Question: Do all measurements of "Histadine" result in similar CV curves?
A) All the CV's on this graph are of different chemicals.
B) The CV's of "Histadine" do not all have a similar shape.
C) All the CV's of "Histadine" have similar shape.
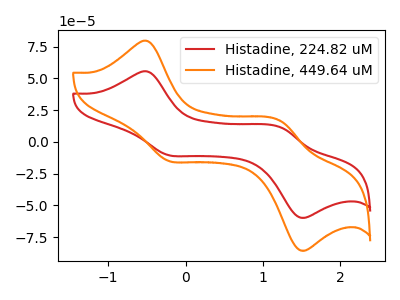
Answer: <think>The red curve "Histadine, 224.82 uM" has anodic peaks at (-0.50V, 55.35uA) (1.25V, 11.25uA) and cathodic peaks at (-0.20V, -10.40uA) (1.45V, -59.35uA). The orange curve "Histadine, 449.64 uM" has anodic peaks at (-0.50V, 79.35uA) (1.25V, 16.10uA) and cathodic peaks at (-0.20V, -14.85uA) (1.45V, -85.00uA).
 All the peaks in "Histadine, 224.82 uM" have a peak in "Histadine, 449.64 uM" at the same potential. Every peak in "Histadine, 224.82 uM" is lower than every peak in "Histadine, 449.64 uM".</think>
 <answer>C) All the CV's of "Histadine" have similar shape.</answer>
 <eval>C</eval>